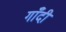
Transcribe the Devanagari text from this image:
गाँदी